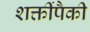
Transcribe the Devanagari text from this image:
शक्तींपैकी